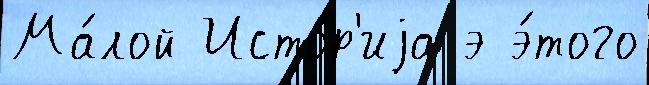
Ма́лой Исто́р'иjа э э́того